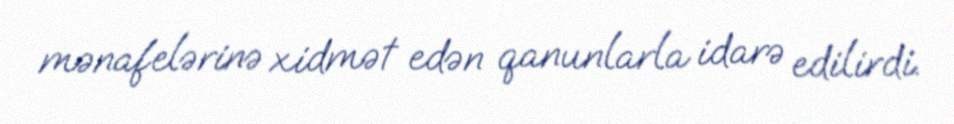
mənafelərinə xidmət edən qanunlarla idarə edilirdi.